Lunatic asylums Madras 1877-1891 - 1877-1891
Year: 1877
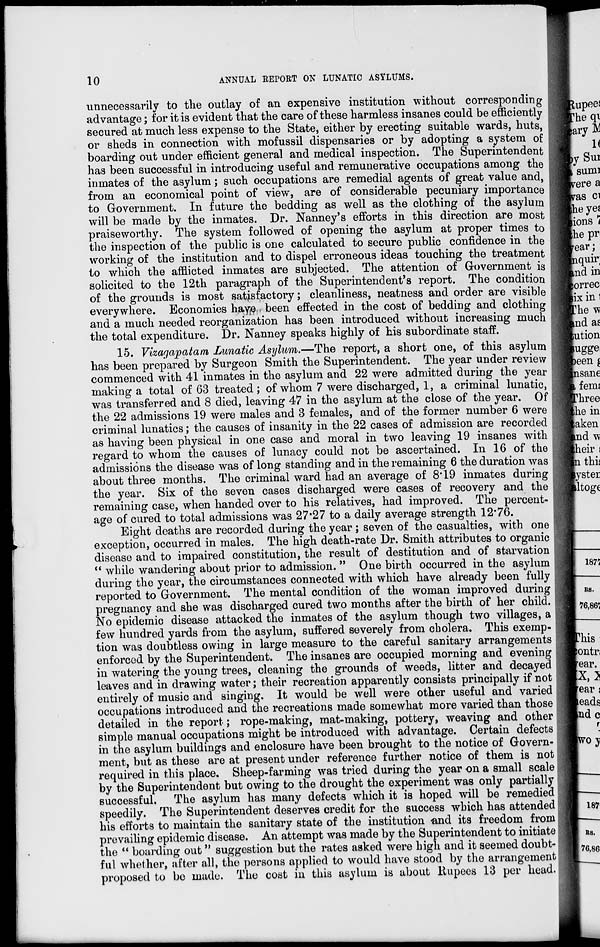
10
ANNUAL REPORT ON LUNATIC ASYLUMS.
unnecessarily to the outlay of an expensive institution without corresponding
advantage; for it is evident that the care of these harmless insanes could be efficiently
secured at much less expense to the State, either by erecting suitable wards, huts,
or sheds in connection with mofussil dispensaries or by adopting a system of
boarding out under efficient general and medical inspection. The Superintendent
has been successful in introducing useful and remunerative occupations among the
inmates of the asylum; such occupations are remedial agents of great value and,
from an economical point of view, are of considerable pecuniary importance
to Government. In future the bedding as well as the clothing of the asylum
will be made by the inmates. Dr. Nanney's efforts in this direction are most
praiseworthy. The system followed of opening the asylum at proper times to
the inspection of the public is one calculated to secure public confidence in the
working of the institution and to dispel erroneous ideas touching the treatment
to which the afflicted inmates are subjected. The attention of Government is
solicited to the 12th paragraph of the Superintendent's report. The condition
of the grounds is most satisfactory; cleanliness, neatness and order are visible
everywhere. Economies have been effected in the cost of bedding and clothing
and a much needed reorganization has been introduced without increasing much
the total expenditure. Dr. Nanney speaks highly of his subordinate staff.
15. Vizagapatam Lunatic Asylum.—The report, a short one, of this asylum
has been prepared by Surgeon Smith the Superintendent. The year under review
commenced with 41 inmates in the asylum and 22 were admitted during the year
making a total of 63 treated; of whom 7 were discharged, 1, a criminal lunatic,
was transferred and 8 died, leaving 47 in the asylum at the close of the year. Of
the 22 admissions 19 were males and 3 females, and of the former number 6 were
criminal lunatics; the causes of insanity in the 22 cases of admission are recorded
as having been physical in one case and moral in two leaving 19 insanes with
regard to whom the causes of lunacy could not be ascertained. In 16 of the
admissions the disease was of long standing and in the remaining 6 the duration was
about three months. The criminal ward had an average of 8.19 inmates during
the year. Six of the seven cases discharged were cases of recovery and the
remaining case, when handed over to his relatives, had improved. The percent-
age of cured to total admissions was 27.27 to a daily average strength 12.76.
Eight deaths are recorded during the year; seven of the casualties, with one
exception, occurred in males. The high death-rate Dr. Smith attributes to organic
disease and to impaired constitution, the result of destitution and of starvation
" while wandering about prior to admission. " One birth occurred in the asylum
during the year, the circumstances connected with which have already been fully
reported to Government. The mental condition of the woman improved during
pregnancy and she was discharged cured two months after the birth of her child.
No epidemic disease attacked the inmates of the asylum though two villages, a
few hundred yards from the asylum, suffered severely from cholera. This exemp-
tion was doubtless owing in large measure to the careful sanitary arrangements
enforced by the Superintendent. The insanes are occupied morning and evening
in watering the young trees, cleaning the grounds of weeds, litter and decayed
leaves and in drawing water; their recreation apparently consists principally if not
entirely of music and singing. It would be well were other useful and varied
occupations introduced and the recreations made somewhat more varied than those
detailed in the report; rope-making, mat-making, pottery, weaving and other
simple manual occupations might be introduced with advantage. Certain defects
in the asylum buildings and enclosure have been brought to the notice of Govern-
ment, but as these are at present under reference further notice of them is not
required in this place. Sheep-farming was tried during the year on a small scale
by the Superintendent but owing to the drought the experiment was only partially
successful.
The asylum has many defects which it is hoped will be remedied
speedily. The Superintendent deserves credit for the success which has attended
his efforts to maintain the sanitary state of the institution and its freedom from
prevailing epidemic disease. An attempt was made by the Superintendent to initiate
the " boarding out" suggestion but the rates asked were high and it seemed doubt-
ful whether, after all, the persons applied to would have stood by the arrangement
proposed to be made. The cost in this asylum is about Rupees 13 per head.